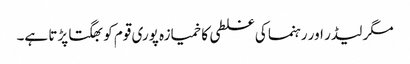
مگر لیڈر اور رہنما کی غلطی کا خمیازہ پوری قوم کو بھگتا پڑتا ہے۔